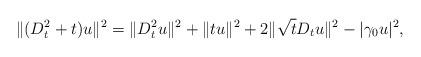
LaTeX: \begin{align*}\|(D_t^2+t)u\|^2=\|D_t^2u\|^2+\|tu\|^2+2\|\sqrt{t}D_tu\|^2-|\gamma_0u|^2,\end{align*}